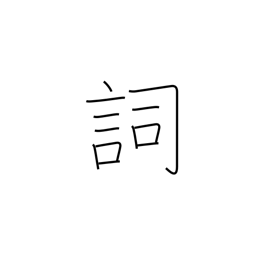
Meaning: part of speech